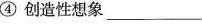
④创造性想象___